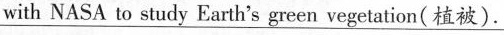
with NASA to study Earth's green vegetation(植被).